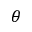
\boldsymbol { \theta }